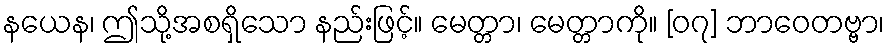
နယေန၊ ဤသို့အစရှိသော နည်းဖြင့်။ မေတ္တာ၊ မေတ္တာကို။ [၀၇] ဘာဝေတဗ္ဗာ၊